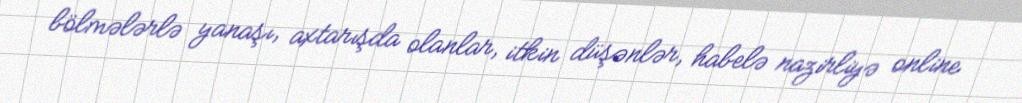
bölmələrlə yanaşı, axtarışda olanlar, itkin düşənlər, habelə nazirliyə online